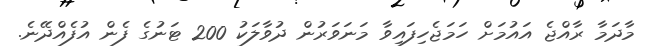
މާދަމާ ރާއްޖެ އައުމަށް ހަމަޖެހިފައިވާ މަނަވަރުން ދުވާލަކު 200 ޓަނުގެ ފެން އުފެއްދޭނެ.